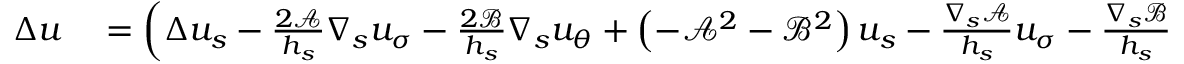
\begin{array} { r l } { \Delta u } & { { } = \left( \Delta u _ { s } - \frac { 2 \mathcal { A } } { h _ { s } } \nabla _ { s } u _ { \sigma } - \frac { 2 \mathcal { B } } { h _ { s } } \nabla _ { s } u _ { \theta } + \left( - \mathcal { A } ^ { 2 } - \mathcal { B } ^ { 2 } \right) u _ { s } - \frac { \nabla _ { s } \mathcal { A } } { h _ { s } } u _ { \sigma } - \frac { \nabla _ { s } \mathcal { B } } { h _ { s } } u _ { \theta } \right) \widehat { t } _ { s } } \end{array}